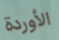
الأوردة